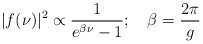
\begin{align*}\vert f (\nu)\vert^2 \propto {1 \over e^{\beta \nu} - 1 } ; \quad \beta = {2\pi \over g}\end{align*}